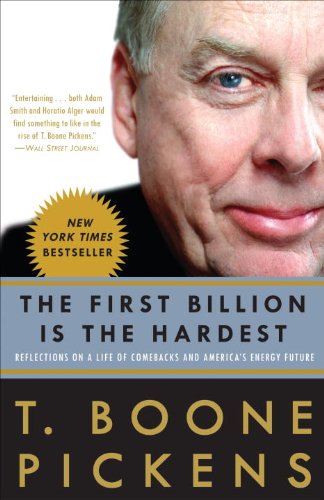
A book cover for The First Billion Is the Hardest: Reflections on a Life of Comebacks and America's Energy Future; T. Boone Pickens; Business & Money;